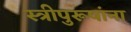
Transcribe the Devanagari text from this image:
स्त्रीपुरूषांना